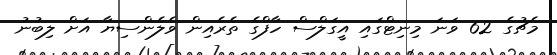
މެޗުގެ 62 ވަނަ މިނިޓްގައި އީގަލްސް ހާފްގެ ތެރެއިން ވެލެންސިޔާ އަށް ލިބުނު